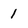
Character: 1